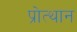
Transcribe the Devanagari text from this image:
प्रोत्थान